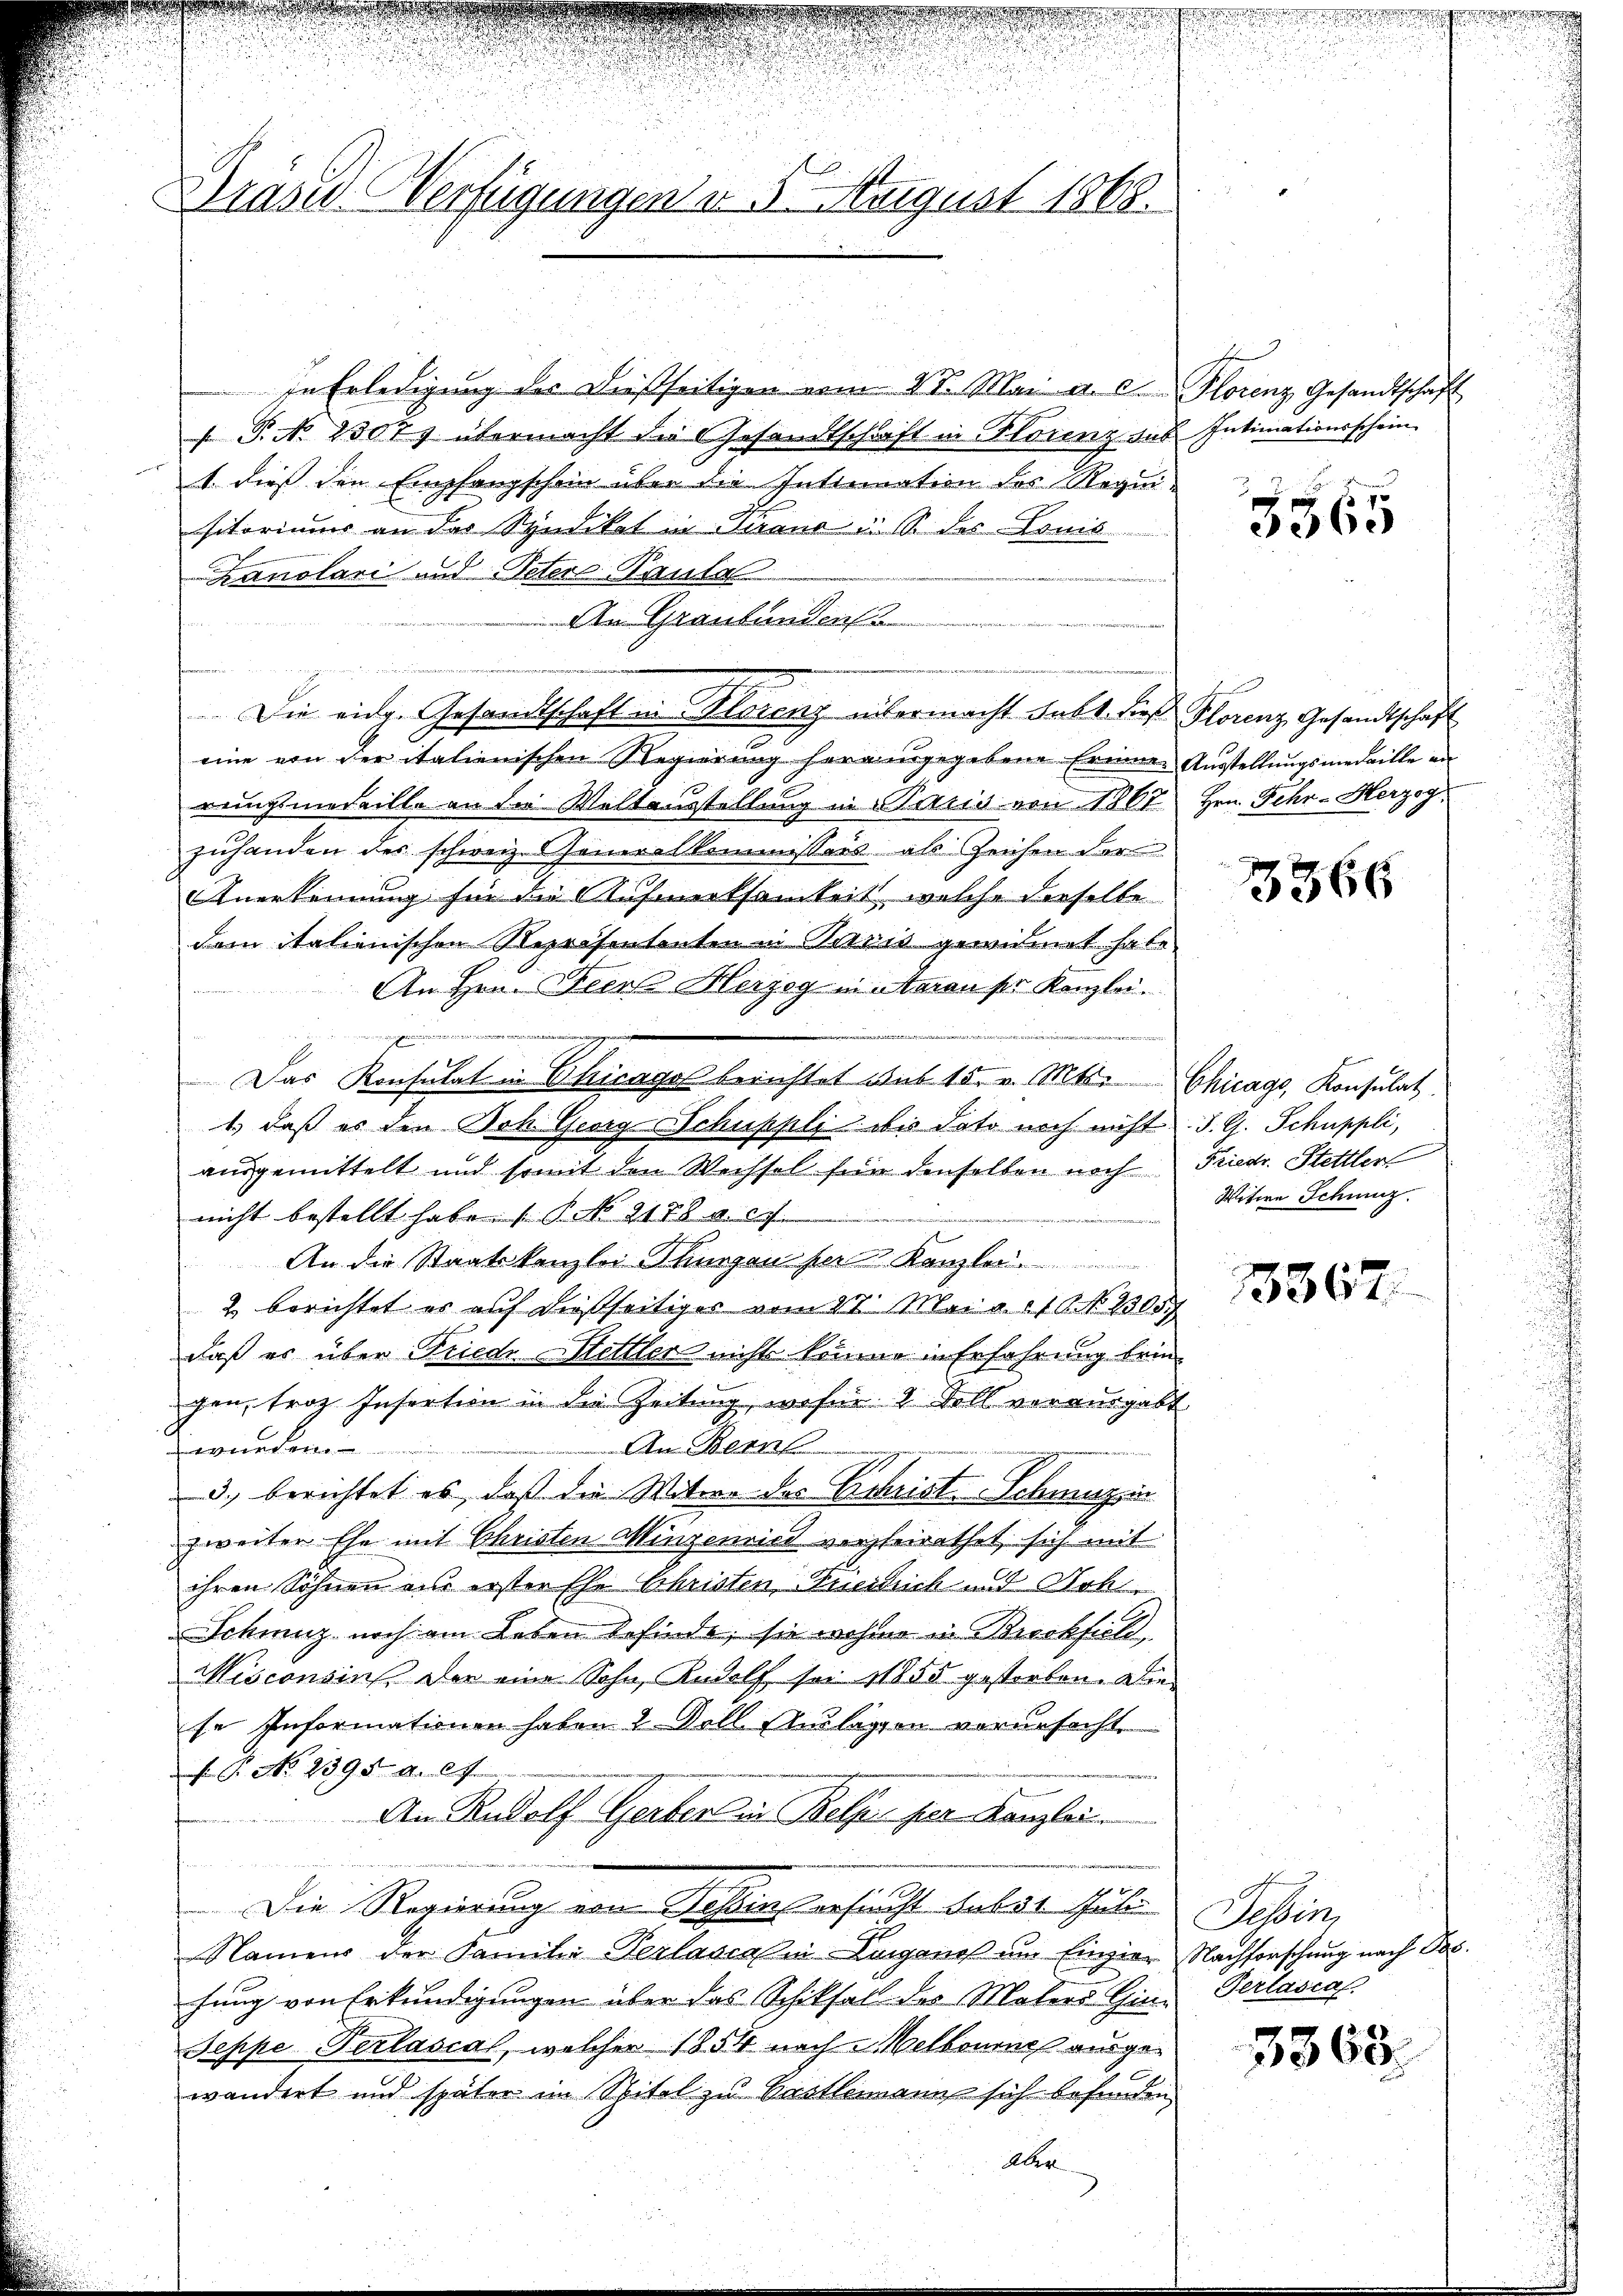
Brasis Verfügungen v. 5. August 1868.

u

in Erledigung des dießseitigen vom 21. Mai d. d. Plorenz Gesandtschaft
 P. No 23077 übermacht die Gesandtschaft in Florenz das Intimationsschein
1 dieß den Empfangschein über die Internation des Requisitorium an der Syndikat in Piano u. So des Lonis
Zanolari und Peters Paula
An Graubünden
Die eing. Gesandtschaft in Florenz übermacht Fabt. Dies Florenz Gesandtschaft
eine von der italienischen Regierung herausgegebene Erinne Ausstellungsmedaille an
rungsmedaille an die Weltausstellung in Paris von 1867 Hrn. Fehr- Herzog,
zuhanden des schweiz. Generalkommissärs als Zeichen der
Anerkennung für die Aufmerksamkeit, welche dieselbe
dem italienischen Repräsententen in Paris gewidmet habe
An Hrn. Feers Herzog in Aaran sr Kanzlei.
angen
Das Konsulat in Chicagol berichtet aus 15. v. Mts. Chicage Konsulat
1.) daß es den Beh Georg Schuppli di doto noch nicht. J. G. Schuppli,
ausgemittelt und somit den Wechsel für denselben noch
nicht bestellt habe No 1178 f. 2
h
An die Staatskanzlei Thurgau der Kanzle
2. berichtet er auf dießseitiger vom 27. Mai a. 10. No. 2305.
daß es über Friede Mettler nicht könne in Erfahrung bringen, troz Insertion in die Zeitung, wofür 4 Soll verausgabt
An Bern
wurden
3) berichtet es, daß die Witwe der Erweist-Schwazzin
zweiter Ehe mit Christen Minzenried vorheirathet sich mit
ihren Söhnen an erster Ehe Christen Berlich und Soh
Schwyz noch am Leben befinde, sie wohne in Backfiell
Misconsin der eine Sohn, Rudolf sei 1855 gestorben. Die
se Informationen haben 2 Voll. Auslagen verursacht.
 P. No. 2395. d. 67.
An Rudolf Gerber in Belper per Kanzlei
Die Regierung von Sessions ersucht dabei Juli
Namens der Familie Verlasca in Lorgenoß um Einzier Nachforschung nach Pos
hung von Erkundigungen über das Schiksal des Malers Gin¬
Seppe Verlascal, welcher 1854 nach Melbourne ausgewandert und später im Spitel zu Castlemann sich befunden
Aber

3365

3566

Friedr. Stettler
Witwe Schweiz.

3367.

Tessin,
Gerlasial.

3363.

d